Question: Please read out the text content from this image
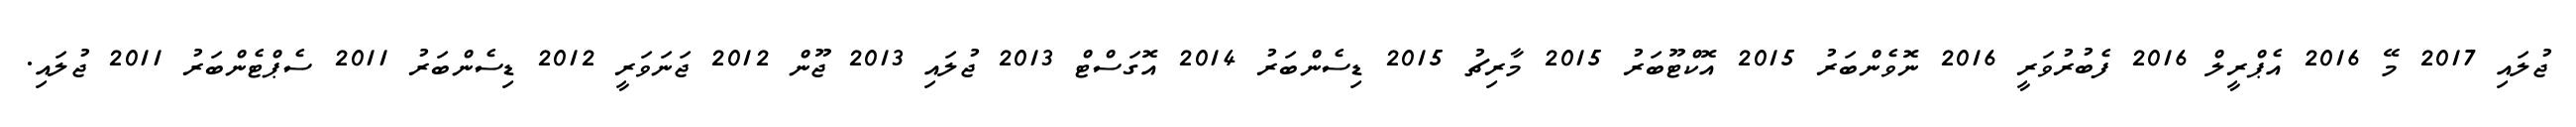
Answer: ޖުލައި 2017 މޭ 2016 އެޕްރީލް 2016 ފެބުރުވަރީ 2016 ނޮވެންބަރު 2015 އޮކްޓޫބަރު 2015 މާރިޗު 2015 ޑިސެންބަރު 2014 އޮގަސްޓް 2013 ޖުލައި 2013 ޖޫން 2012 ޖަނަވަރީ 2012 ޑިސެންބަރު 2011 ސެޕްޓެންބަރު 2011 ޖުލައި.